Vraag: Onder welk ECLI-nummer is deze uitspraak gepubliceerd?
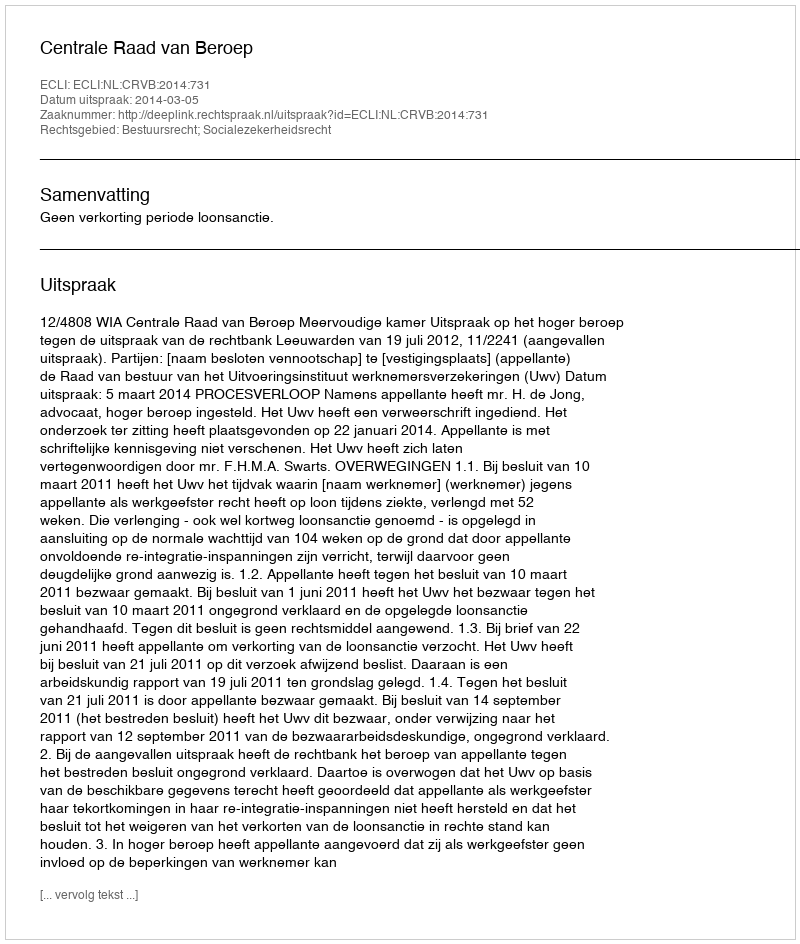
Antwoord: ECLI:NL:CRVB:2014:731